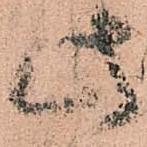
此